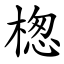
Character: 楤